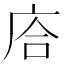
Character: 𢈈